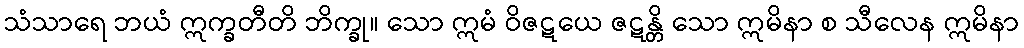
သံသာရေ ဘယံ ဣက္ခတီတိ ဘိက္ခု။ သော ဣမံ ဝိဇဋယေ ဇဋန္တိ သော ဣမိနာ စ သီလေန ဣမိနာ